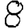
Digit: 8